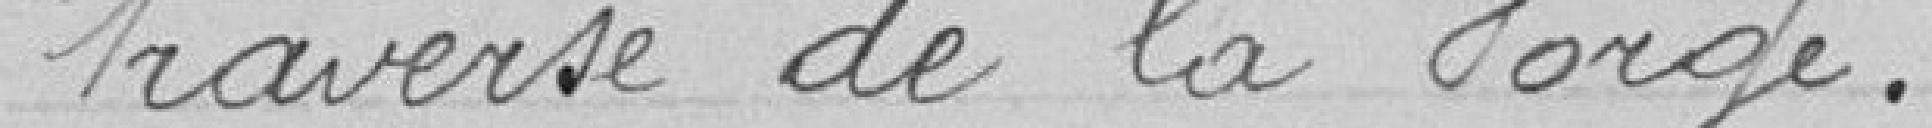
traverse de la Forge